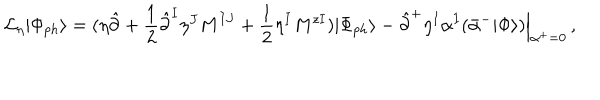
{ \cal L } _ { \eta } | \Phi _ { p h } \rangle = ( \eta \hat { \partial } + \frac { 1 } { 2 } \hat { \partial } ^ { I } \eta ^ { J } M ^ { I J } + \frac { 1 } { 2 } \eta ^ { I } M ^ { z I } ) | \Phi _ { p h } \rangle - \hat { \partial } ^ { + } \eta ^ { I } \alpha ^ { I } ( \bar { \alpha } ^ { - } | \Phi \rangle ) \Bigr | _ { \alpha ^ { + } = 0 } ^ { \vphantom { 5 p t } } \, ,